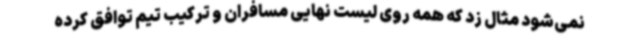
نمی‌شود مثال زد که همه روی لیست نهایی مسافران و ترکیب تیم توافق کرده